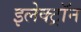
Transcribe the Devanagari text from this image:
इलेक्ट्राॅन